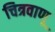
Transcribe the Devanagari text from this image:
चित्रवाणू